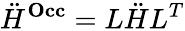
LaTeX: \ddot{H}^{\mathbf{Occ}}=L\ddot{H}L^{T}